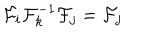
\mathcal { F } _ { i } \mathcal { F } _ { k } ^ { - 1 } \mathcal { F } _ { j } = \mathcal { F } _ { j }